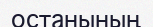
останының